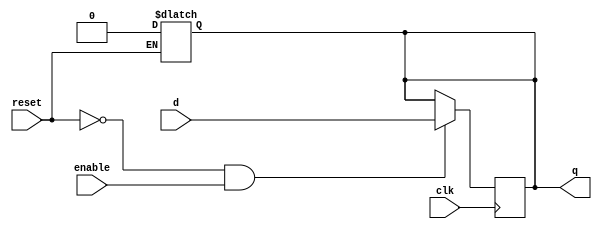
// dffe: D-type flip-flop with enable
//
// q      (output) - Current value of flip flop
// d      (input)  - Next value of flip flop
// clk    (input)  - Clock (positive edge-sensitive)
// enable (input)  - Load new value? (yes = 1, no = 0)
// reset  (input)  - Asynchronous reset   (reset =  1)
//
module dffe(q, d, clk, enable, reset);
   output q;
   reg    q;
   input  d;
   input  clk, enable, reset;

   always@(reset)
     if (reset == 1'b1)
       q <= 0;

   always@(posedge clk)
     if ((reset == 1'b0) && (enable == 1'b1))
       q <= d;
endmodule // dffe

// muxNv: N-input mux
module mux2v(out, A, B, sel);

   parameter
     width = 32;
   
   output [width-1:0] out;
   input  [width-1:0] A, B;
   input 	      sel;

   wire [width-1:0] temp1 = ({width{(!sel)}} & A);
   wire [width-1:0] temp2 = ({width{(sel)}} & B);
   assign out = temp1 | temp2;

endmodule // mux2v

module mux3v(out, A, B, C, sel);

   parameter
     width = 32;
   
   output [width-1:0] out;
   input  [width-1:0] A, B, C;
   input  [1:0]	      sel;
   wire   [width-1:0] wAB;
   
   mux2v #(width) mAB (wAB, A, B, sel[0]);
   mux2v #(width) mfinal (out, wAB, C, sel[1]);

endmodule // mux3v

module mux4v(out, A, B, C, D, sel);

   parameter
     width = 32;
   
   output [width-1:0] out;
   input  [width-1:0] A, B, C, D;
   input  [1:0]	      sel;
   wire   [width-1:0] wAB, wCD;
   
   mux2v #(width) mAB (wAB, A, B, sel[0]);
   mux2v #(width) mCD (wCD, C, D, sel[0]);
   mux2v #(width) mfinal (out, wAB, wCD, sel[1]);

endmodule // mux4v

module mux16v(out, A, B, C, D, E, F, G, H, I, J, K, L, M, N, O, P, sel);

   parameter
     width = 32;
   
   output [width-1:0] out;
   input [width-1:0]  A, B, C, D, E, F, G, H, I, J, K, L, M, N, O, P;
   input [3:0] 	      sel;

   wire [width-1:0]   wAB, wCD, wEF, wGH, wIJ, wKL, wMN, wOP;
   wire [width-1:0]   wABCD, wEFGH, wIJKL, wMNOP;
   wire [width-1:0]   wABCDEFGH, wIJKLMNOP;
   
   mux2v #(width)  mAB (wAB, A, B, sel[0]);
   mux2v #(width)  mCD (wCD, C, D, sel[0]);
   mux2v #(width)  mEF (wEF, E, F, sel[0]);
   mux2v #(width)  mGH (wGH, G, H, sel[0]);
   mux2v #(width)  mIJ (wIJ, I, J, sel[0]);
   mux2v #(width)  mKL (wKL, K, L, sel[0]);
   mux2v #(width)  mMN (wMN, M, N, sel[0]);
   mux2v #(width)  mOP (wOP, O, P, sel[0]);

   mux2v #(width)  mABCD (wABCD, wAB, wCD, sel[1]);
   mux2v #(width)  mEFGH (wEFGH, wEF, wGH, sel[1]);
   mux2v #(width)  mIJKL (wIJKL, wIJ, wKL, sel[1]);
   mux2v #(width)  mMNOP (wMNOP, wMN, wOP, sel[1]);

   mux2v #(width)  mABCDEFGH (wABCDEFGH, wABCD, wEFGH, sel[2]);
   mux2v #(width)  mIJKLMNOP (wIJKLMNOP, wIJKL, wMNOP, sel[2]);
   
   mux2v #(width)  mfinal (out, wABCDEFGH, wIJKLMNOP, sel[3]);

endmodule // mux16v

module mux32v(out, a, b, c, d, e, f, g, h, i, j, k, l, m, n, o, p, 
	          A, B, C, D, E, F, G, H, I, J, K, L, M, N, O, P, sel);

   parameter
     width = 32;
   
   output [width-1:0] out;
   input [width-1:0]  a, b, c, d, e, f, g, h, i, j, k, l, m, n, o, p;
   input [width-1:0]  A, B, C, D, E, F, G, H, I, J, K, L, M, N, O, P;
   input [4:0] 	      sel;
   wire [width-1:0]   wUPPER, wlower;

   mux16v #(width) m0(wlower, a, b, c, d, e, f, g, h, i, j, k, l, m, n, o, p, sel[3:0]);
   mux16v #(width) m1(wUPPER, A, B, C, D, E, F, G, H, I, J, K, L, M, N, O, P, sel[3:0]);
   mux2v  #(width) mfinal (out, wlower, wUPPER, sel[4]);
   
endmodule // mux32v